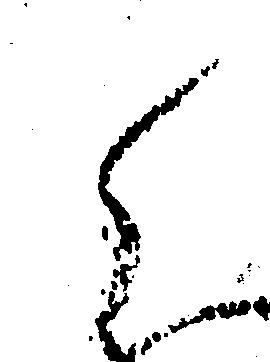
ら